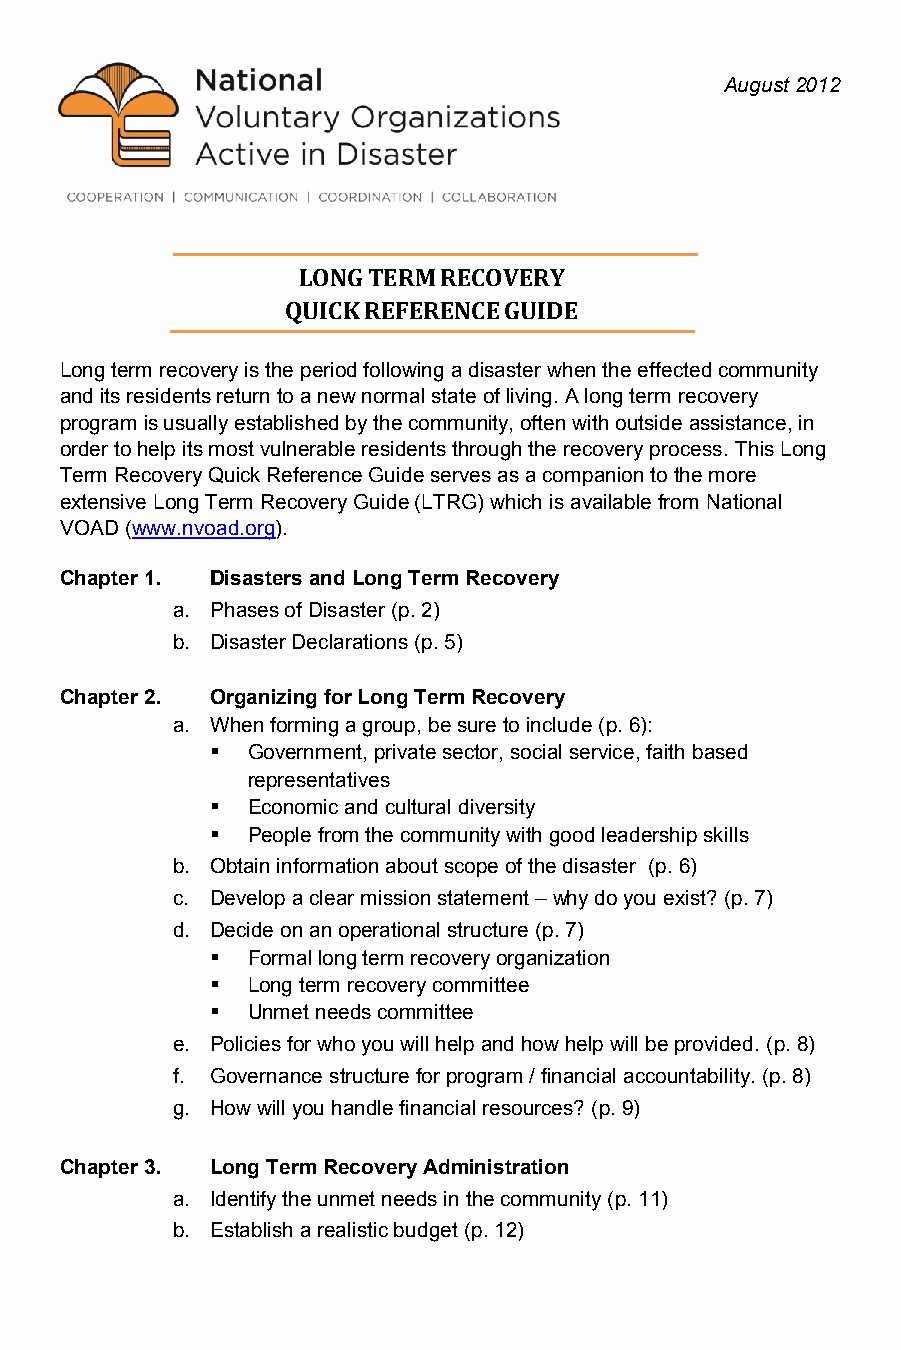
August 2012
 LONG TERM RECOVERY
 QUICK REFERENCE GUIDE
 Long term recovery is the period following a disaster when the effected community
 and its residents return to a new normal state of living. A long term recovery
 program is usually established by the community, often with outside assistance, in
 order to help its most vulnerable residents through the recovery process. This Long
 Term Recovery Quick Reference Guide serves as a companion to the more
 extensive Long Term Recovery Guide (LTRG) which is available from National
 VOAD (www.nvoad.org).
 Chapter 1. Disasters and Long Term Recovery
 a. Phases of Disaster (p. 2)
 b. Disaster Declarations (p. 5)
 Chapter 2. Organizing for Long Term Recovery
 a. When forming a group, be sure to include (p. 6):
  Government, private sector, social service, faith based
 representatives
  Economic and cultural diversity
  People from the community with good leadership skills
 b. Obtain information about scope of the disaster (p. 6)
 c. Develop a clear mission statement – why do you exist? (p. 7)
 d. Decide on an operational structure (p. 7)
  Formal long term recovery organization
  Long term recovery committee
  Unmet needs committee
 e. Policies for who you will help and how help will be provided. (p. 8)
 f. Governance structure for program / financial accountability. (p. 8)
 g. How will you handle financial resources? (p. 9)
 Chapter 3. Long Term Recovery Administration
 a. Identify the unmet needs in the community (p. 11)
 b. Establish a realistic budget (p. 12)